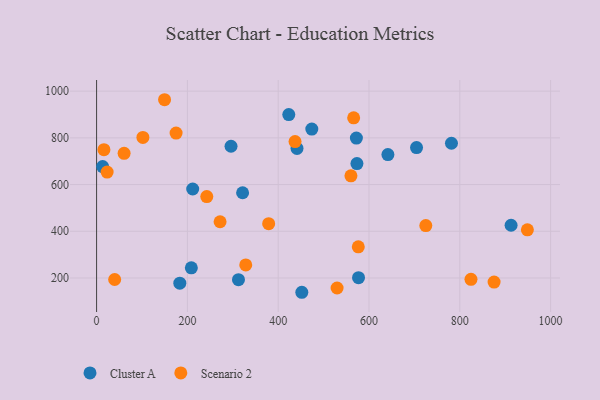
{"axis": {"x": "Speed", "y": "Yield"}, "legend": ["Cluster A", "Scenario 2"], "data": [{"x": "321.6", "y": 565.0, "type": "Cluster A"}, {"x": "312.5", "y": 192.8, "type": "Cluster A"}, {"x": "296.1", "y": 764.1, "type": "Cluster A"}, {"x": "912.9", "y": 425.9, "type": "Cluster A"}, {"x": "704.7", "y": 758.5, "type": "Cluster A"}, {"x": "183.3", "y": 177.9, "type": "Cluster A"}, {"x": "441.4", "y": 754.9, "type": "Cluster A"}, {"x": "208.7", "y": 243.4, "type": "Cluster A"}, {"x": "423.3", "y": 899.6, "type": "Cluster A"}, {"x": "572.2", "y": 799.1, "type": "Cluster A"}, {"x": "781.6", "y": 776.9, "type": "Cluster A"}, {"x": "474.0", "y": 837.6, "type": "Cluster A"}, {"x": "452.0", "y": 138.8, "type": "Cluster A"}, {"x": "641.6", "y": 728.4, "type": "Cluster A"}, {"x": "211.7", "y": 581.0, "type": "Cluster A"}, {"x": "576.9", "y": 201.2, "type": "Cluster A"}, {"x": "13.3", "y": 677.0, "type": "Cluster A"}, {"x": "573.4", "y": 689.7, "type": "Cluster A"}, {"x": "576.4", "y": 333.5, "type": "Scenario 2"}, {"x": "175.1", "y": 820.5, "type": "Scenario 2"}, {"x": "437.1", "y": 784.2, "type": "Scenario 2"}, {"x": "149.7", "y": 963.3, "type": "Scenario 2"}, {"x": "23.2", "y": 653.4, "type": "Scenario 2"}, {"x": "875.5", "y": 182.5, "type": "Scenario 2"}, {"x": "566.2", "y": 885.8, "type": "Scenario 2"}, {"x": "328.5", "y": 256.0, "type": "Scenario 2"}, {"x": "102.0", "y": 801.7, "type": "Scenario 2"}, {"x": "39.8", "y": 193.4, "type": "Scenario 2"}, {"x": "242.7", "y": 548.5, "type": "Scenario 2"}, {"x": "60.6", "y": 733.9, "type": "Scenario 2"}, {"x": "824.6", "y": 194.3, "type": "Scenario 2"}, {"x": "16.2", "y": 749.6, "type": "Scenario 2"}, {"x": "725.1", "y": 424.6, "type": "Scenario 2"}, {"x": "379.0", "y": 432.4, "type": "Scenario 2"}, {"x": "948.8", "y": 406.1, "type": "Scenario 2"}, {"x": "560.2", "y": 637.4, "type": "Scenario 2"}, {"x": "529.7", "y": 157.1, "type": "Scenario 2"}, {"x": "272.0", "y": 440.7, "type": "Scenario 2"}]}